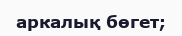
аркалық бөгет;